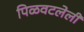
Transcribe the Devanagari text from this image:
पिळवटलेली